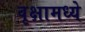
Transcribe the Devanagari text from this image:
वृक्षामध्ये